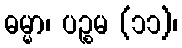
ဓမ္မာ၊ ပဉ္စမ (၁၁)၊